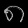
Digit: ၈